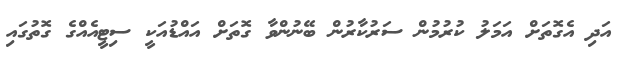
އަދި އެގޮތަށް އަމަލު ކުރުމުން ސަރުކާރުން ބޭނުންވާ ގޮތަށް އައްޑުއަކީ ސިޓީއެއްގެ ގޮތުގައި